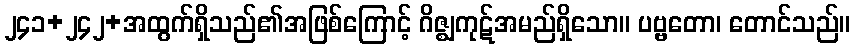
၂၄၁+၂၄၂+အထွက်ရှိသည်၏အဖြစ်ကြောင့် ဂိဇ္ဈကုဋ်အမည်ရှိသော။ ပဗ္ဗတော၊ တောင်သည်။